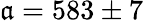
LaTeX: \mathfrak{a}=583\pm7